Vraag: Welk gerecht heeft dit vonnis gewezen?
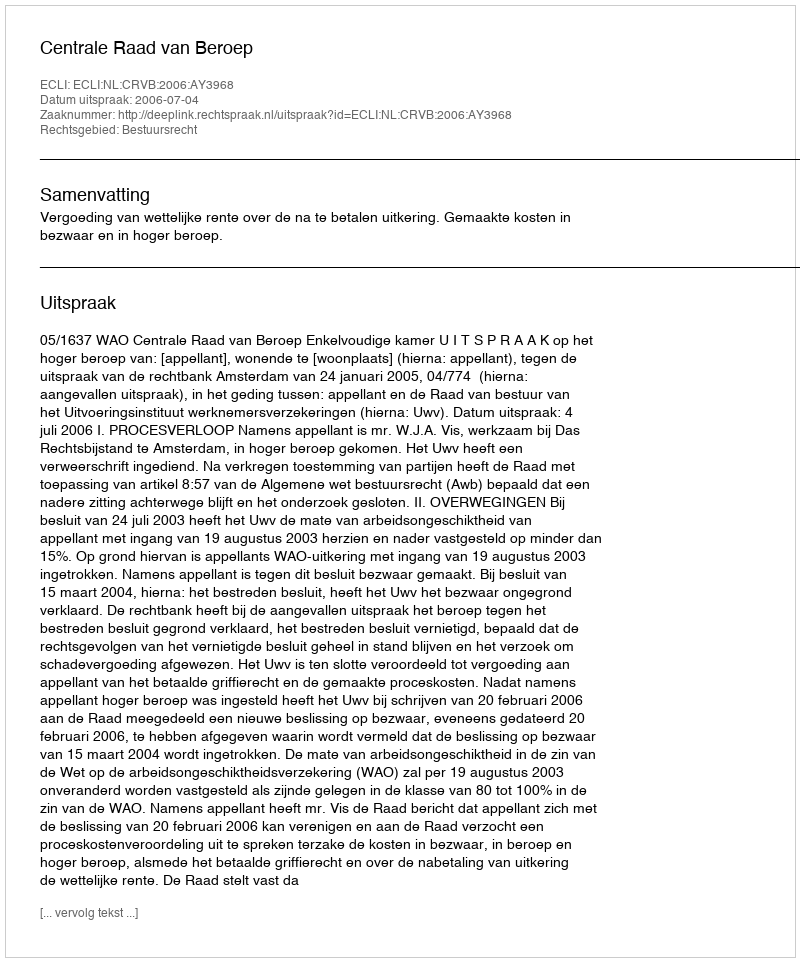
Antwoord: Centrale Raad van Beroep